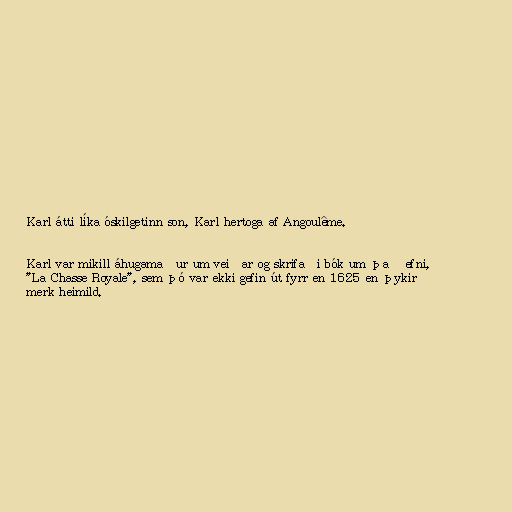
Karl átti líka óskilgetinn son, Karl hertoga af Angoulême.

Karl var mikill áhugamaður um veiðar og skrifaði bók um það efni,
"La Chasse Royale", sem þó var ekki gefin út fyrr en 1625 en þykir
merk heimild.